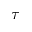
\tau